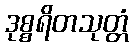
ဒုစ္စရိတသုတ္တံ